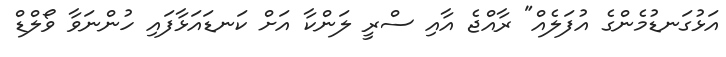
އަޅުގަނޑުމެންގެ އުފަލެއް" ރާއްޖެ އާއި ސްރީ ލަންކާ އަށް ކަނޑައަޅާފައި ހުންނަވާ ވޯލްޑް